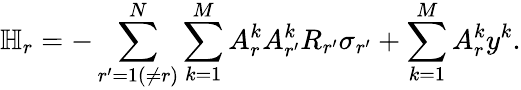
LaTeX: \mathbb{H}_{r}=-\sum_{r^{\prime}=1(\neq r)}^{N}\sum_{k=1}^{M}A_{r}^{k}A_{r^{\prime}}^{k}R_{r^{\prime}}\sigma_{r^{\prime}}+\sum_{k=1}^{M}A_{r}^{k}y^{k}.